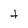
Character: t